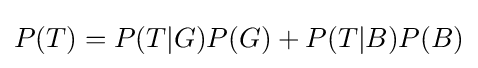
P(T)=P(T|G)P(G)+P(T|B)P(B)